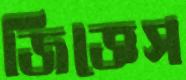
জিজ্ঞেস